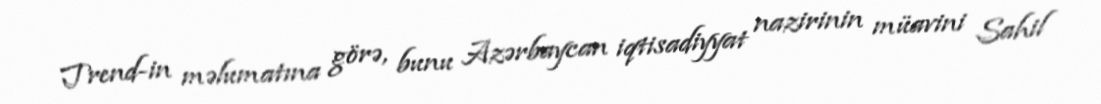
Trend-in məlumatına görə, bunu Azərbaycan iqtisadiyyat nazirinin müavini Sahil